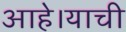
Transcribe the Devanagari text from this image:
आहे।याची